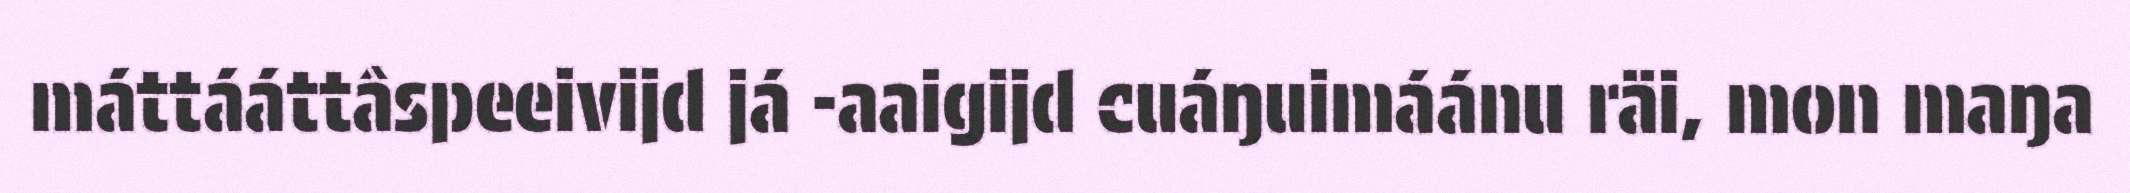
máttááttâspeeivijd já -aaigijd cuáŋuimáánu räi, mon maŋa